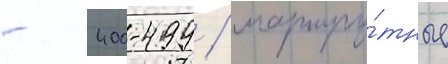
- 400-499 / маршру́тные